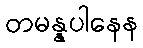
တမန္နပါနေန